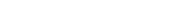
٦٩